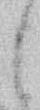
し